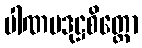
ပါဏမဒုဋ္ဌစိတ္တော